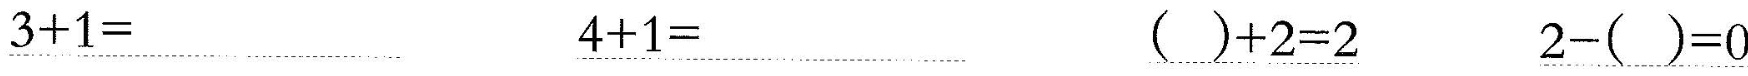
\underline{$$3 + 1 =$$} \underline{$$4 + 1 =$$} \underline{$$( ) + 2 = 2$$} \underline{$$2 - ( ) = 0$$}